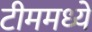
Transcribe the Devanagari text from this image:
टीममध्ये